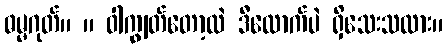
ဓမ္မဂုတ်။ ။ ဝါကျွတ်တော့လဲ ဒီလောက်ပဲ ရှိသေးသလား။